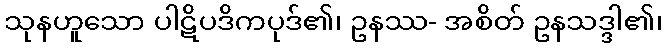
သုနဟူသော ပါဋိပဒိကပုဒ်၏၊ ဥနဿ- အစိတ် ဥနသဒ္ဒါ၏၊